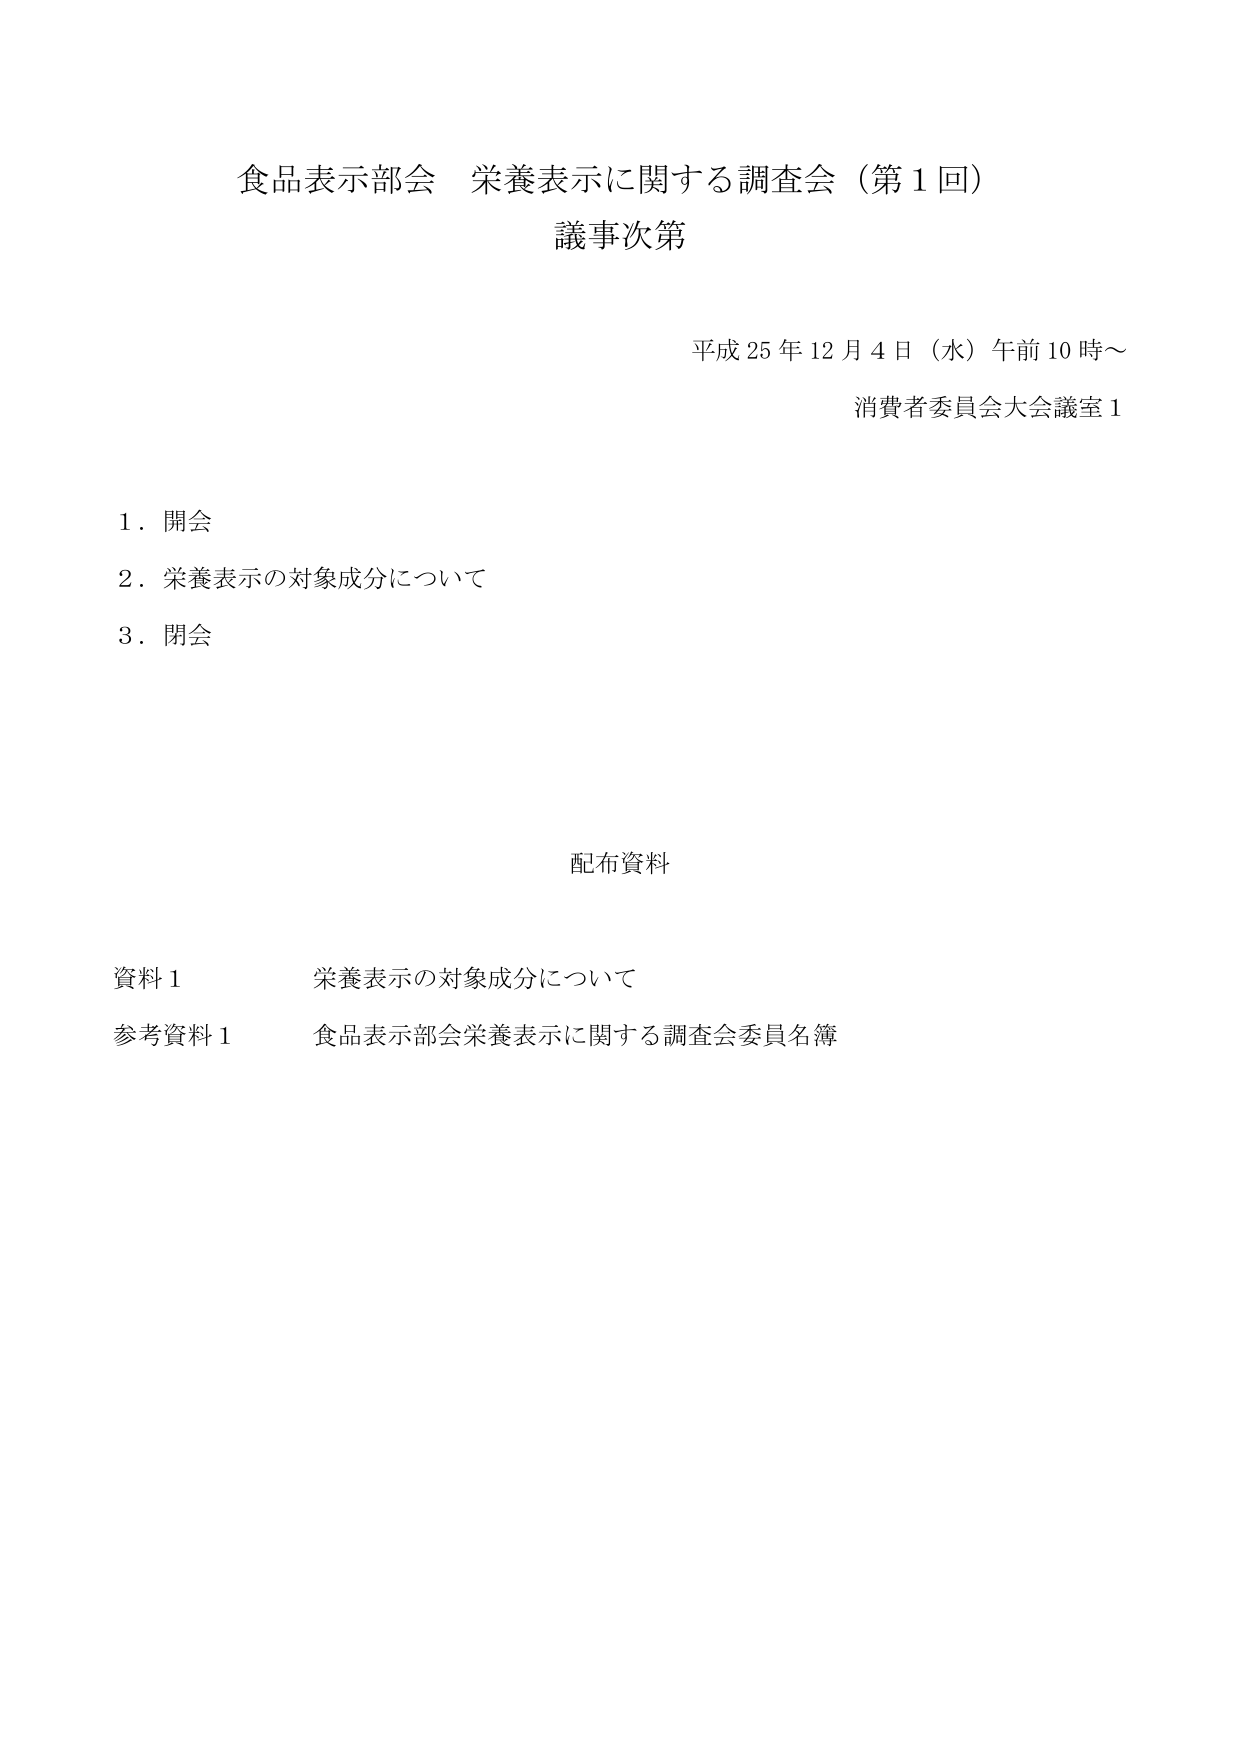
食品表示部会 栄養表示に関する調査会（第1回）
議事次第

平成25年12月4日（水）午前10時～
消費者委員会大会議室1

1．開会
2．栄養表示の対象成分について
3．閉会

配布資料

資料1 栄養表示の対象成分について
参考資料1 食品表示部会栄養表示に関する調査会委員名簿